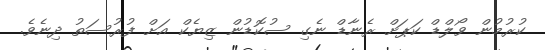
ކުރުމުން ވޯލްޑް ކަޕަށް ރެނާޑް ނެގި ސުކޮޑުން ޒިޔެކް އަށް ފުރުސަތު ދިނެވެ.